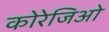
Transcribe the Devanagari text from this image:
कोरेजिओ